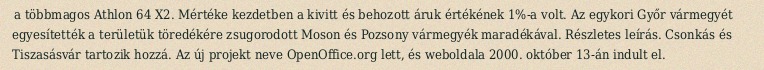
a többmagos Athlon 64 X2. Mértéke kezdetben a kivitt és behozott áruk értékének 1%-a volt. Az egykori Győr vármegyét egyesítették a területük töredékére zsugorodott Moson és Pozsony vármegyék maradékával. Részletes leírás. Csonkás és Tiszasásvár tartozik hozzá. Az új projekt neve OpenOffice.org lett, és weboldala 2000. október 13-án indult el.